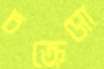
চক্রেসো